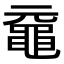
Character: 黿